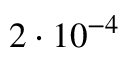
2 \cdot 1 0 ^ { - 4 }